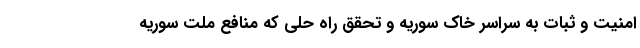
امنیت و ثبات به سراسر خاک سوریه و تحقق راه حلی که منافع ملت سوریه